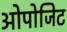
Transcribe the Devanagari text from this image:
ओपोजिट